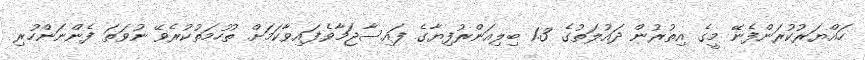
ހައްޔަރުކުރަންފެނޭ މީގެ އިތުރުން ދައުލަތުގެ 1.3 ބިލިއަންރުފިޔާގެ ފައިސާޖަމާވެފައިވާކަމަށް ތުހުމަތުކުރެވޭ ނުވަތަ ފެންނަންހުރި